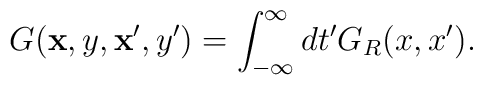
G({\bf x},y,{\bf x}',y') = \int_{-\infty}^{\infty} dt' G_R(x,x').